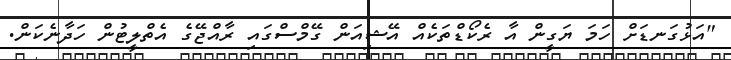
"އަޅުގަނޑަށް ހަމަ ޔަގީން އާ ރެކޯޑްތަކެއް އޭޝިއަން ގޭމްސްގައި ރާއްޖޭގެ އެތްލީޓުން ހަދާނެކަން.